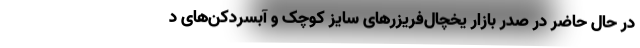
در حال حاضر در صدر بازار یخچال‌فریزرهای سایز کوچک و آبسردکن‌های د